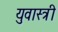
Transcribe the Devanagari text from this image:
युवास्त्री